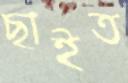
ছাইত